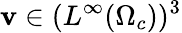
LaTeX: \mathbf{v}\in(L^{\infty}(\Omega_{c}))^{3}